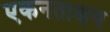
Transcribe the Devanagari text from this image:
एकनताक्षय